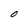
Character: O